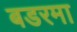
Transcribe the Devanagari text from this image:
बडरमा